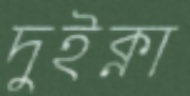
দুইক্না